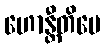
ဟောန္တီတိပေ